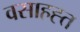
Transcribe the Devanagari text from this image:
वसाहह्त